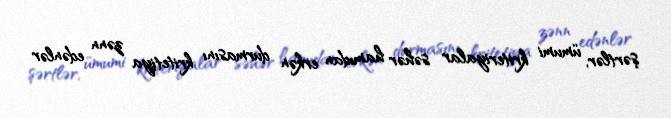
şərtlər, ümumi kriteriyalar səhər hamıdan erkən durmasını kritetiya zənn edənlər